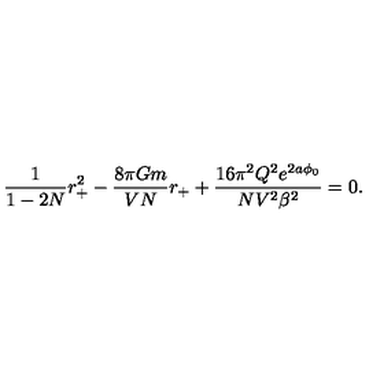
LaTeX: \frac { 1 } { 1 - 2 N } r _ { + } ^ { 2 } - \frac { 8 \pi G m } { V N } r _ { + } + \frac { 1 6 \pi ^ { 2 } Q ^ { 2 } e ^ { 2 a \phi _ { 0 } } } { N V ^ { 2 } \beta ^ { 2 } } = 0 .